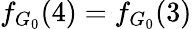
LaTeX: f_{G_{0}}(4)=f_{G_{0}}(3)